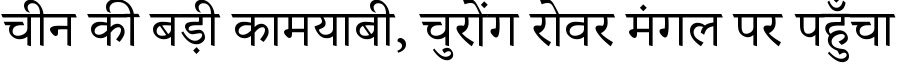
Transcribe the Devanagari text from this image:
चीन की बड़ी कामयाबी, चुरोंग रोवर मंगल पर पहुँचा